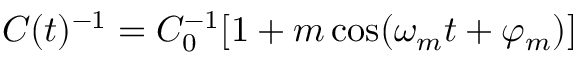
C ( t ) ^ { - 1 } = C _ { 0 } ^ { - 1 } [ 1 + m \cos ( \omega _ { m } t + \varphi _ { m } ) ]